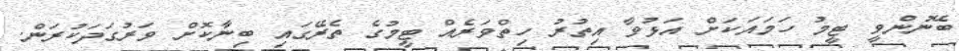
ބޭނުންވީ ޓީމު ހަމައަކަށް އަޅުވާ އިތުރު ހިތްވަރެއް ޓީމުގެ ތެރޭގައި ބިނާކޮށް ވަރުގަދަކުރަން.